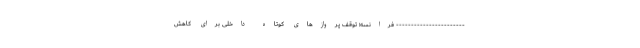
----------------------- فرانسه؛ توقف پروازهای کوتاه داخلی برای کاهش